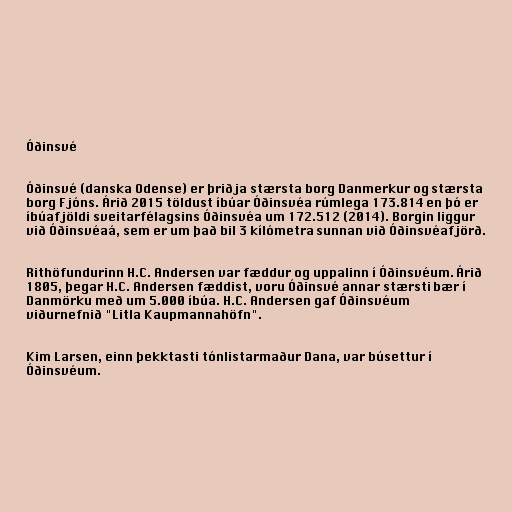
Óðinsvé

Óðinsvé (danska Odense) er þriðja stærsta borg Danmerkur og stærsta
borg Fjóns. Árið 2015 töldust íbúar Óðinsvéa rúmlega 173.814 en þó er
íbúafjöldi sveitarfélagsins Óðinsvéa um 172.512 (2014). Borgin liggur
við Óðinsvéaá, sem er um það bil 3 kílómetra sunnan við Óðinsvéafjörð.

Rithöfundurinn H.C. Andersen var fæddur og uppalinn í Óðinsvéum. Árið
1805, þegar H.C. Andersen fæddist, voru Óðinsvé annar stærsti bær í
Danmörku með um 5.000 íbúa. H.C. Andersen gaf Óðinsvéum
viðurnefnið "Litla Kaupmannahöfn".

Kim Larsen, einn þekktasti tónlistarmaður Dana, var búsettur í
Óðinsvéum.